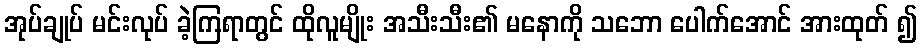
အုပ်ချုပ် မင်းလုပ် ခဲ့ကြရာတွင် ထိုလူမျိုး အသီးသီး၏ မနောကို သဘော ပေါက်အောင် အားထုတ် ၍